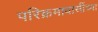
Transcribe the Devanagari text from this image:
परिक्रमावासींच्या